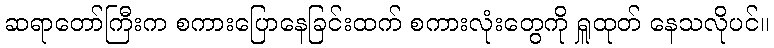
ဆရာတော်ကြီးက စကားပြောနေခြင်းထက် စကားလုံးတွေကို ရှူထုတ် နေသလိုပင်။